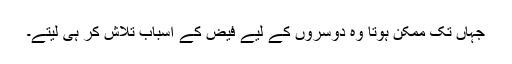
جہاں تک ممکن ہوتا وہ دوسروں کے لیے فیض کے اسباب تلاش کر ہی لیتے۔